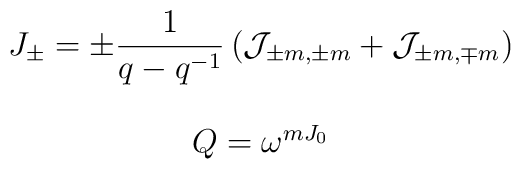
\begin{array}{c}J_{\pm}=\displaystyle\pm\frac{1}{q-q^{-1}}\left({\cal J}_{\pm m,\pm m}+{\cal J}_{\pm m,\mp m}\right)\\\\Q=\omega^{mJ_0}\\\end{array}